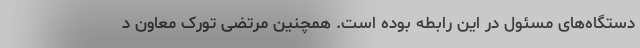
دستگاه‌های مسئول در این رابطه بوده است. همچنین مرتضی تورک معاون د